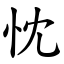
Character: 忱